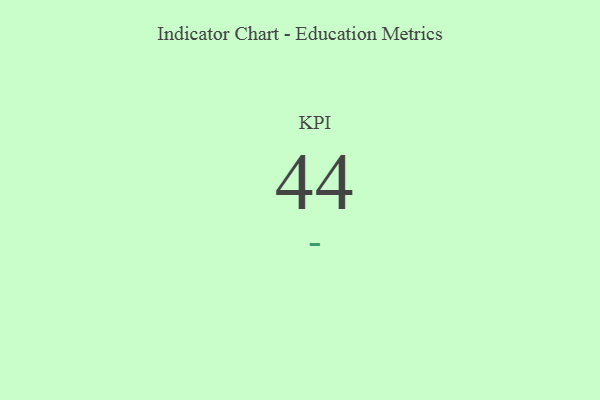
{"axis": {"x": "KPI", "y": "Value"}, "legend": [""], "data": [{"x": "KPI", "y": 44, "type": ""}]}